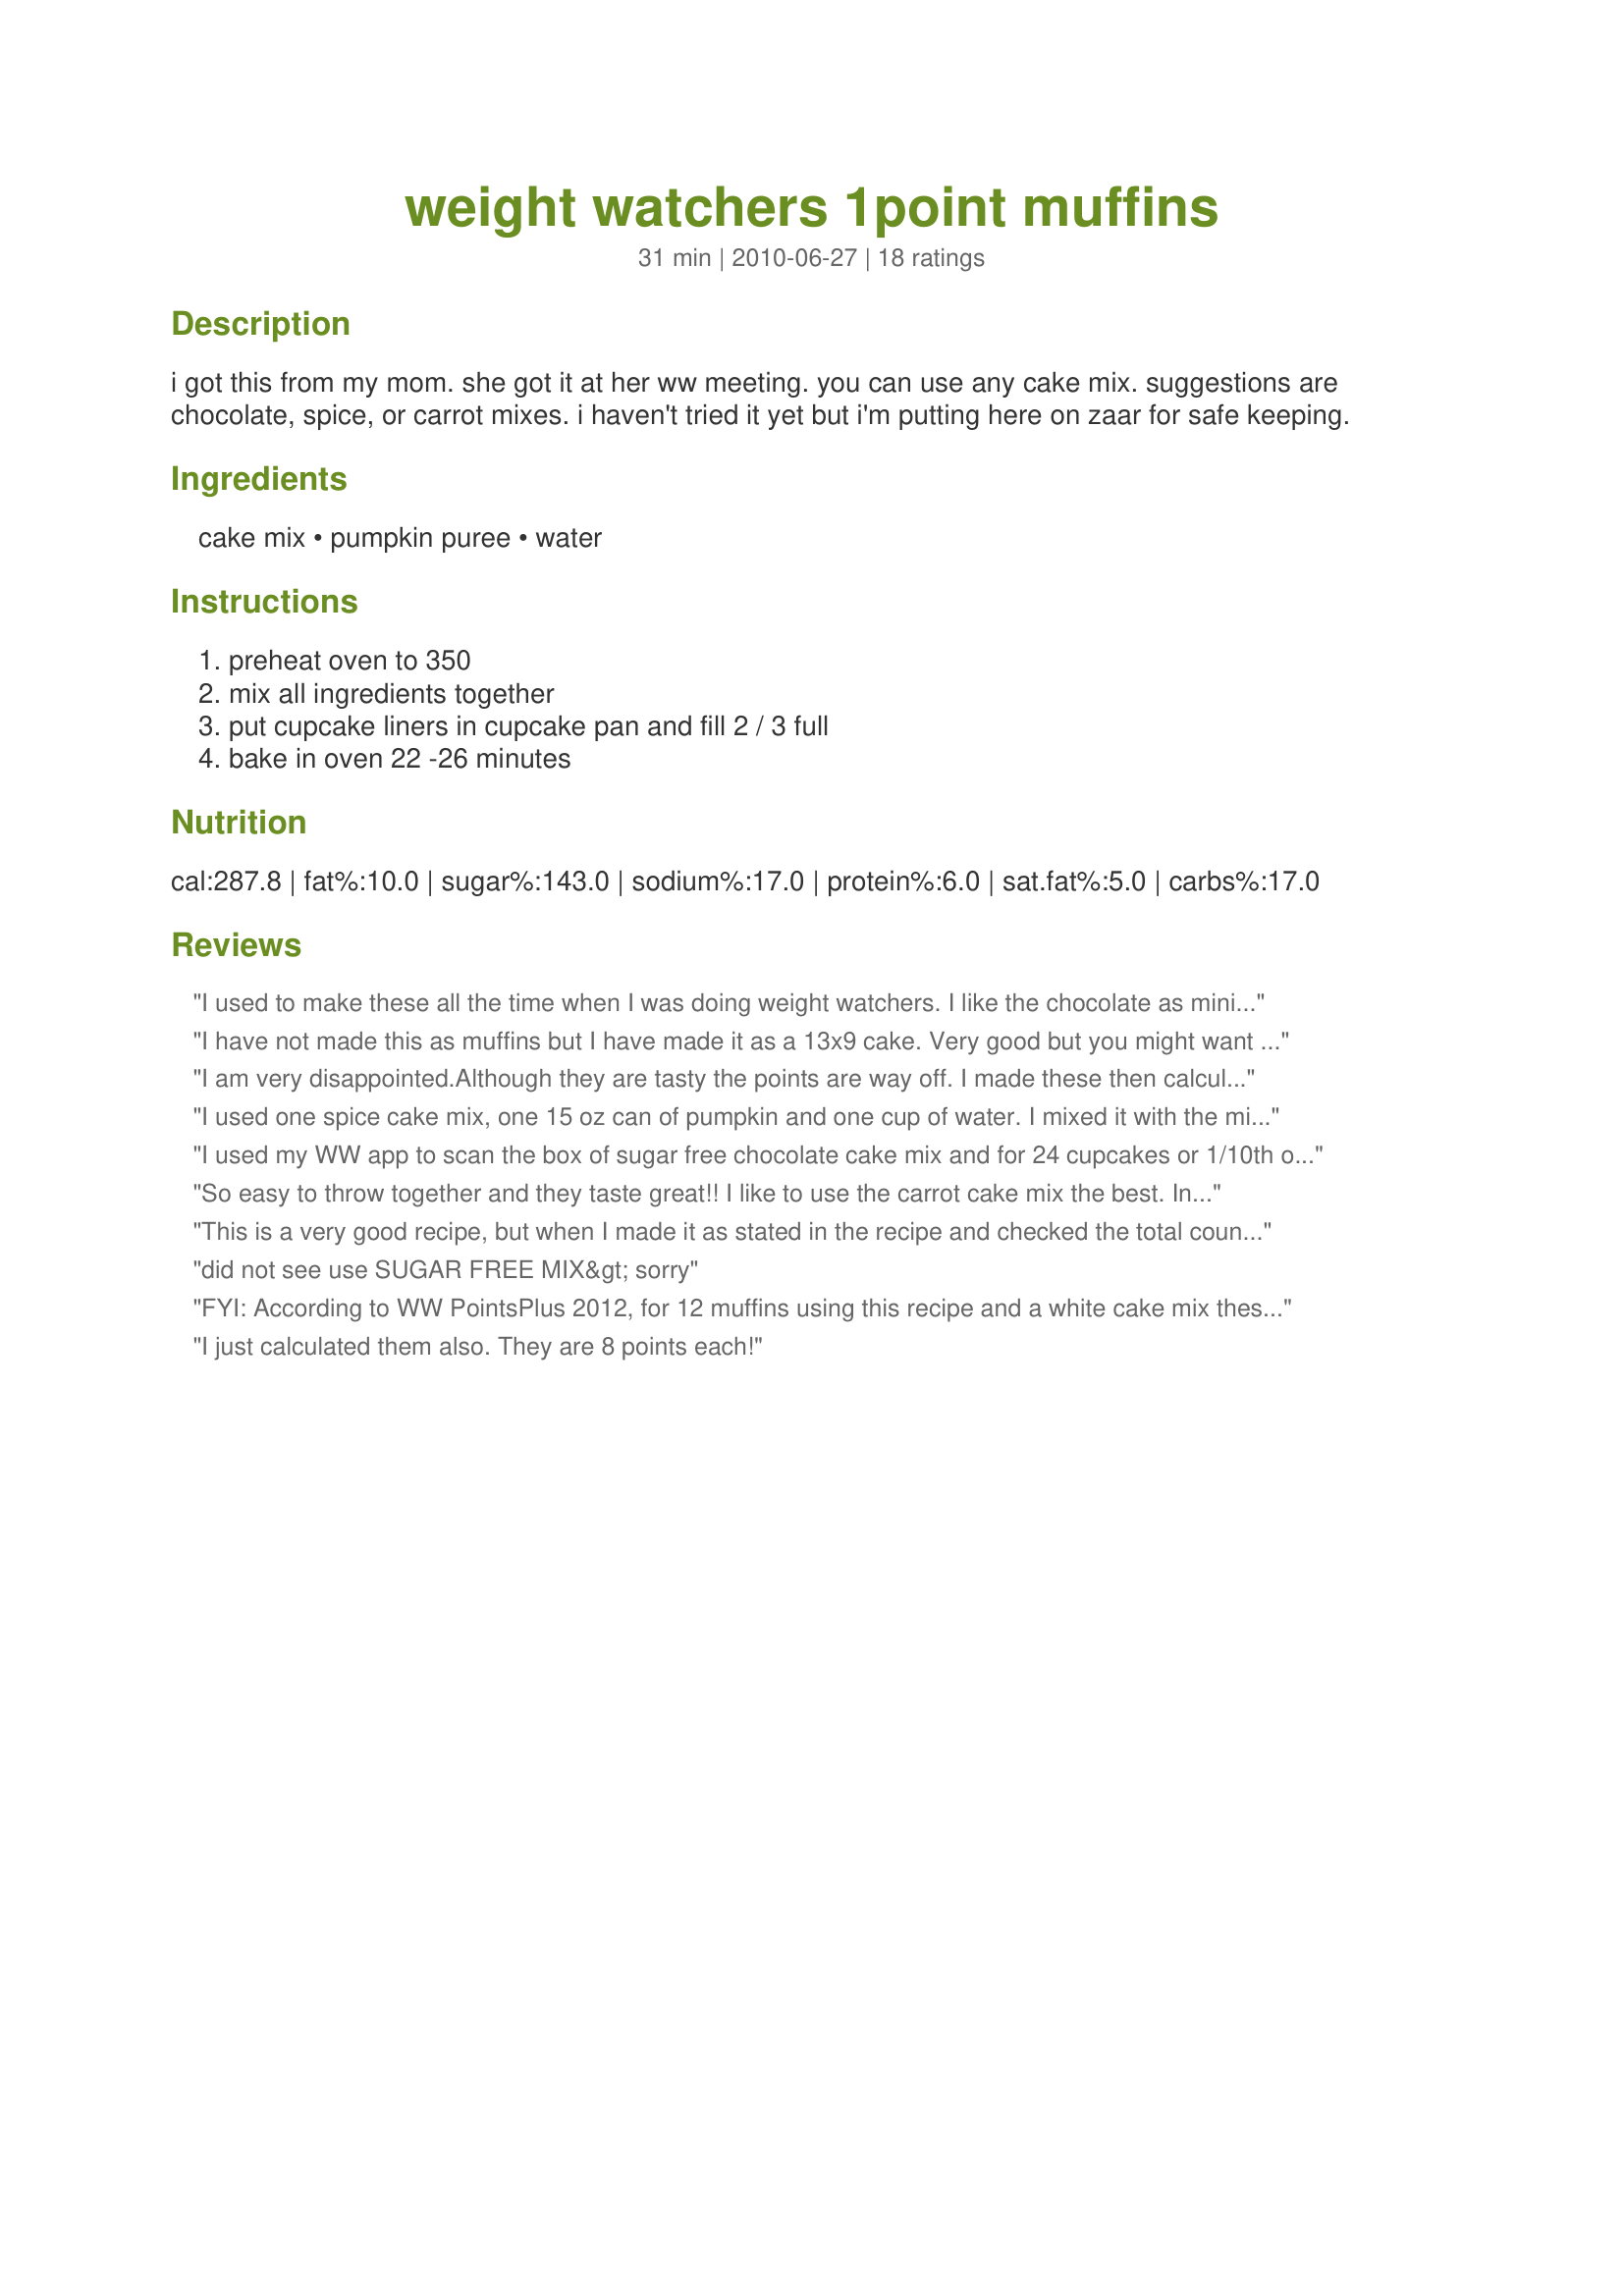
weight watchers 1point muffins
Preparation time: 31 minutes

i got this from my mom. she got it at her ww meeting. you can use any cake mix. suggestions are chocolate, spice, or carrot mixes. i haven't tried it yet but i'm putting here on zaar for safe keeping.

Ingredients:
cake mix, pumpkin puree, water

Steps:
preheat oven to 350, mix all ingredients together, put cupcake liners in cupcake pan and fill 2 / 3 full, bake in oven 22 -26 minutes

Reviews:
I used to make these all the time when I was doing weight watchers. I like the chocolate as mini muffins (I felt like I was getting more!!) They are better the next day after being in an airtight container
I have not made this as muffins but I have made it as a 13x9 cake. Very good but you might want to check the points...it's been awhile but if my memeory serves me right 1/12 of the cake was 4 ww points.
I am very disappointed.Although they are tasty the points are way off. I made these then calculated the points, 8, that is a lot more then 1. I was really looking forward to have these for a grab and go snack or breakfast, guess not.
I used one spice cake mix, one 15 oz can of pumpkin and one cup of water. I mixed it with the mixer until smooth and it made 24 muffins, which comes out to 2 p per muffin. These are the best thing I have ever made!
I used my WW app to scan the box of sugar free chocolate cake mix and for 24 cupcakes or 1/10th of the package it says 3. So with the pumpkin, 1 egg and water...3 points each.? or am I mistaken.. pumpkin free, egg free and water free...But the classic yellow sugar free cake mix is 4 per serving. reason is, I suppose, is because there is more fat and more carbs in the mix.?? If that is wrong, please correct me and explain...thanks
So easy to throw together and they taste great!! I like to use the carrot cake mix the best. In a regular size muffin tin, I get 16 full sized muffins. Thanks for posting!!
This is a very good recipe, but when I made it as stated in the recipe and checked the total counts for fat, protein, carbs and fiber, I come out with 2 points a muffin if you stretch the mix out to 24 muffins, if you make 12 the points come out to 5 points per muffin. I only gave this recipe 4 stars because of the incorrect point count.
did not see use SUGAR FREE MIX&gt; sorry
FYI: According to WW PointsPlus 2012, for 12 muffins using this recipe and a white cake mix these are 5 points per muffin. How are people getting 1-3 points then?
I just calculated them also. They are 8 points each!
I just calculated these and they came out be 8 points per serving.wow..
The key to the points for this recipe is serving size--and using a whole cup of water. With my mix, 20 muffins makes each one 2 pp. The muffins aren&#039;t large, though. They don&#039;t look like the picture, but they are yummy!
Absolutely delicious!!! I made mine with chocolate cake mix and added some fresh blueberries. I think I added about a 1/2 cup. They are a hit with the whole family. Will make these again!
I used a reduced sugar chocolate cake mix for this recipe and it turned out well. 12 nice big muffin/cupcakes and they were 3 points each based on the stats of my cake mix.
I just calculated this recipe using the new points system, and it is 13 points per muffin, not 1
Yeah... I also recalculated and came up with 7 pts each, but that was for 12 cupcakes.. I actually got 18 out of the batch
These are just fine for a treat when you counting points. I used a Betty Crocker Devil's Food Cake mix, 15 oz pumping pur&eacute;e and 1/2 cup of water as the recipe was written. The points calculation in the screen shot below is the total of the ingredients (full box of cake mix + can of pumpkin). When you divide it into 12 individual muffins they come to less than 1 point each. If you ate ALL of the muffins you'd consume 10 points.
If you use Pillsbury Sugar Free yellow cake mix, it does cut the points to 1. I tried using Pillsbury Sugar Free Devils food cake mix and a can of No sugar added cherry pie filling and a little water( haven't found the exact amount yet) and bake cupcakes for19-25 minutes. YUM
